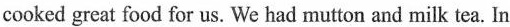
cooked great food for us. We had mutton and milk tea. In